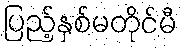
ပြည့်နှစ်မတိုင်မီ